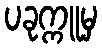
ပခုက္ကူမှ